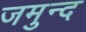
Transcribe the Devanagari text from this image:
जमुन्द